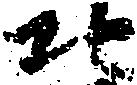
北